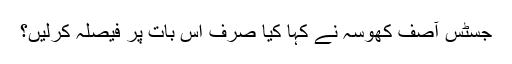
جسٹس آصف کھوسہ نے کہا کیا صرف اس بات پر فیصلہ کرلیں؟